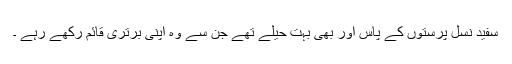
سفید نسل پرستوں کے پاس اور بھی بہت حیلے تھے جن سے وہ اپنی برتری قائم رکھے رہے ۔